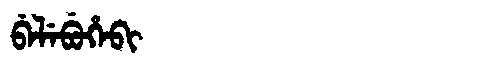
Manchu: ᠪᡝᠯᡝᠪᡠᡥᡝᠪᡳ
Romanization: BELEBUHEBI